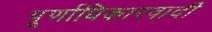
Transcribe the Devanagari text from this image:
पूर्णाधिकारवादी